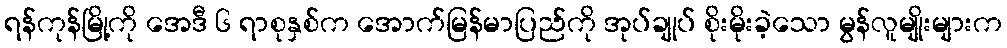
ရန်ကုန်မြို့ကို အေဒီ ၆ ရာစုနှစ်က အောက်မြန်မာပြည်ကို အုပ်ချုပ် စိုးမိုးခဲ့သော မွန်လူမျိုးများက